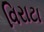
વિરાટા